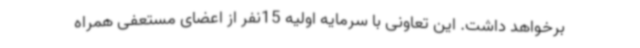
برخواهد داشت. این تعاونی با سرمایه اولیه 15نفر از اعضای مستعفی همراه